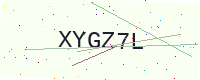
Text: XYGZ7L